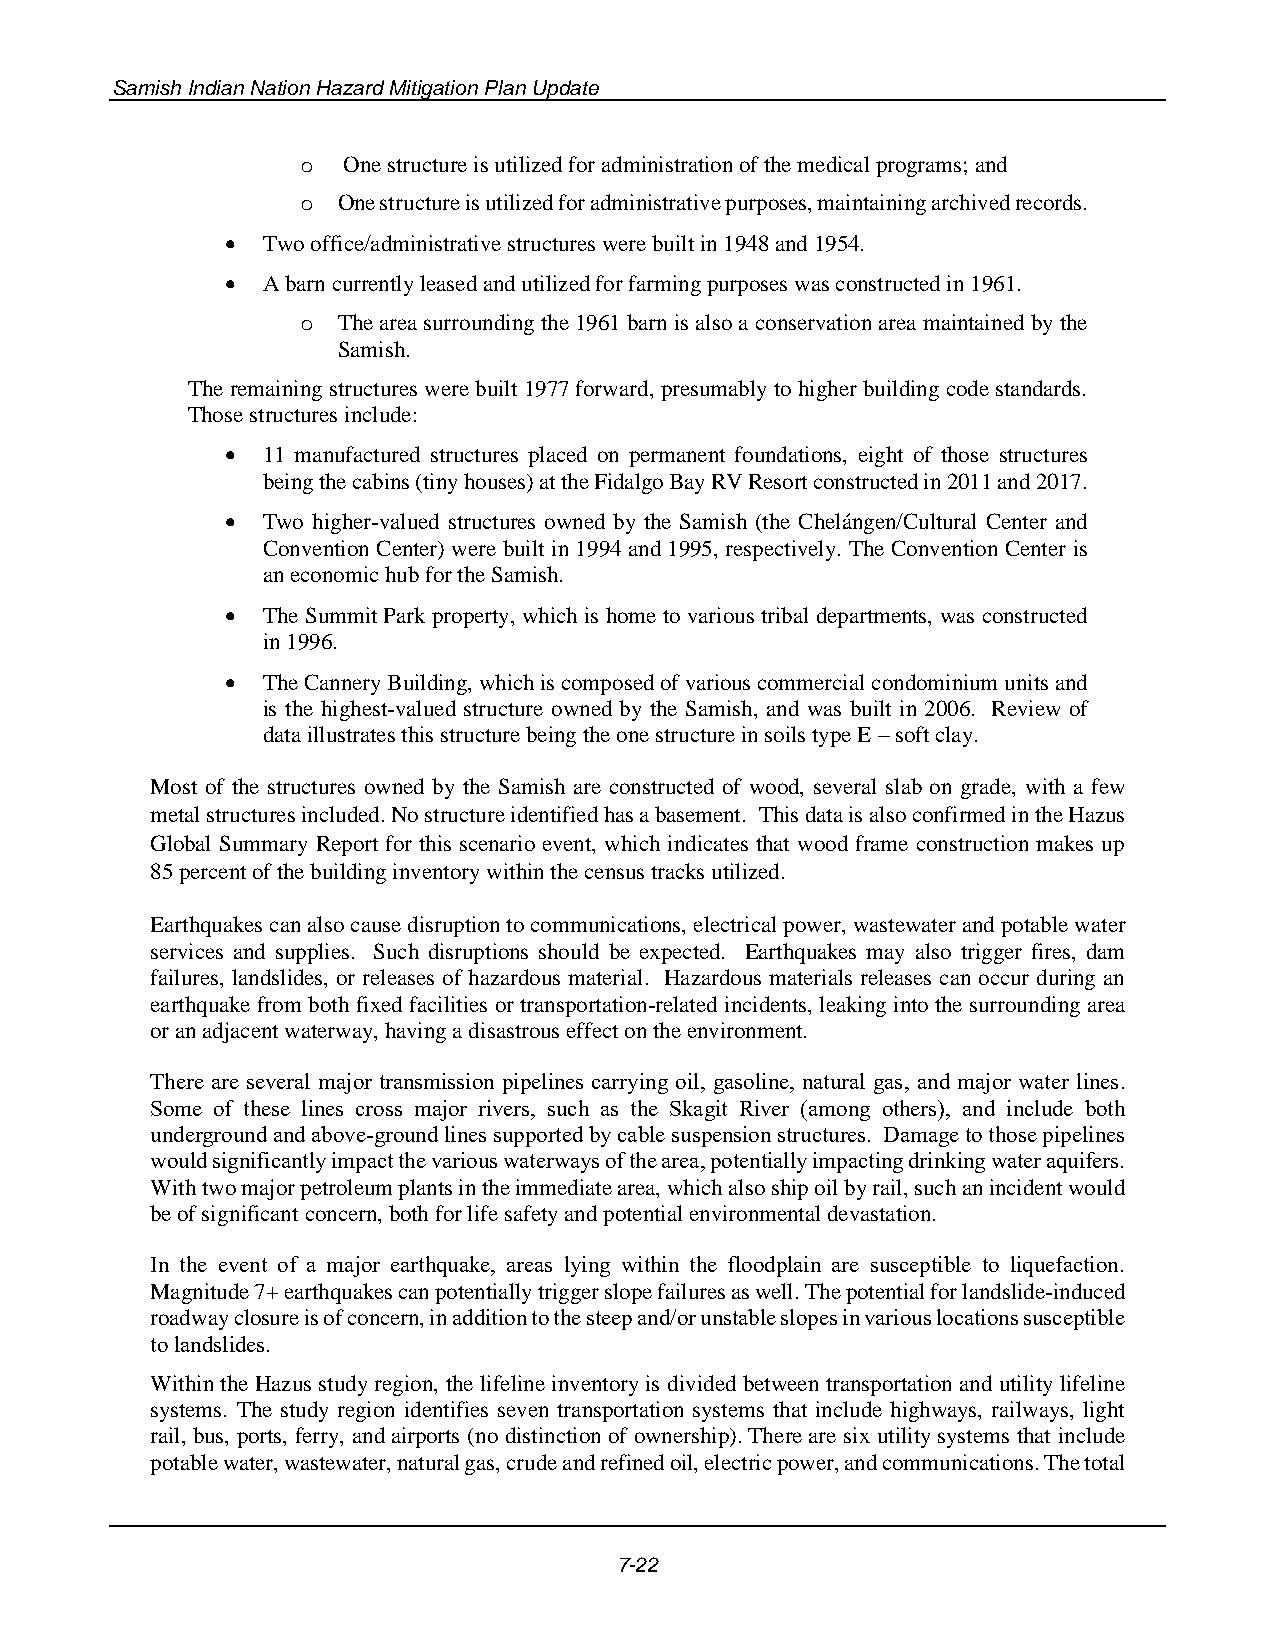
Samish Indian Nation Hazard Mitigation Plan Update
 o  One structure is utilized for administration of the medical programs; and
 o One structure is utilized for administrative purposes, maintaining archived records.
 • Two office/administrative structures were built in 1948 and 1954.
 • A barn currently leased and utilized for farming purposes was constructed in 1961.
 o The area surrounding the 1961 barn is also a conservation area maintained by the
 Samish.
 The remaining structures were built 1977 forward, presumably to higher building code standards.
 Those structures include:
 • 11 manufactured structures placed on permanent foundations, eight of those structures
 being the cabins (tiny houses) at the Fidalgo Bay RV Resort constructed in 2011 and 2017.
 • Two higher-valued structures owned by the Samish (the Chelángen/Cultural Center and
 Convention Center) were built in 1994 and 1995, respectively. The Convention Center is
 an economic hub for the Samish.
 • The Summit Park property, which is home to various tribal departments, was constructed
 in 1996.
 • The Cannery Building, which is composed of various commercial condominium units and
 is the highest-valued structure owned by the Samish, and was built in 2006. Review of
 data illustrates this structure being the one structure in soils type E – soft clay.
 Most of the structures owned by the Samish are constructed of wood, several slab on grade, with a few
 metal structures included. No structure identified has a basement. This data is also confirmed in the Hazus
 Global Summary Report for this scenario event, which indicates that wood frame construction makes up
 85 percent of the building inventory within the census tracks utilized.
 Earthquakes can also cause disruption to communications, electrical power, wastewater and potable water
 services and supplies. Such disruptions should be expected. Earthquakes may also trigger fires, dam
 failures, landslides, or releases of hazardous material. Hazardous materials releases can occur during an
 earthquake from both fixed facilities or transportation-related incidents, leaking into the surrounding area
 or an adjacent waterway, having a disastrous effect on the environment.
 There are several major transmission pipelines carrying oil, gasoline, natural gas, and major water lines.
 Some of these lines cross major rivers, such as the Skagit River (among others), and include both
 underground and above-ground lines supported by cable suspension structures. Damage to those pipelines
 would significantly impact the various waterways of the area, potentially impacting drinking water aquifers.
 With two major petroleum plants in the immediate area, which also ship oil by rail, such an incident would
 be of significant concern, both for life safety and potential environmental devastation.
 In the event of a major earthquake, areas lying within the floodplain are susceptible to liquefaction.
 Magnitude 7+ earthquakes can potentially trigger slope failures as well. The potential for landslide-induced
 roadway closure is of concern, in addition to the steep and/or unstable slopes in various locations susceptible
 to landslides.
 Within the Hazus study region, the lifeline inventory is divided between transportation and utility lifeline
 systems. The study region identifies seven transportation systems that include highways, railways, light
 rail, bus, ports, ferry, and airports (no distinction of ownership). There are six utility systems that include
 potable water, wastewater, natural gas, crude and refined oil, electric power, and communications. The total
 7-22